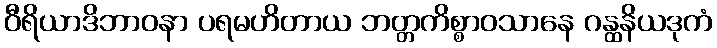
ဝီရိယာဒိဘာဝနာ ပရမဟိတာယ ဘတ္တကိစ္စာဝသာနေ ဂန္ထနိယဒုကံ